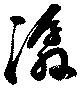
潺